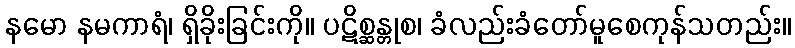
နမော နမကာရံ၊ ရှိခိုးခြင်းကို။ ပဋိစ္ဆန္တုစ၊ ခံလည်းခံတော်မူစေကုန်သတည်း။